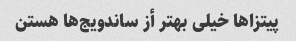
پیتزا‌ها خیلی بهتر أز ساندویج‌ها هستن